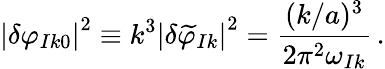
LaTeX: \left|\delta\varphi_{Ik0}\right|^{2}\equiv k^{3}\left|\delta\widetilde{\varphi}_{Ik}\right|^{2}=\frac{(k/a)^{3}}{2\pi^{2}\omega_{Ik}}\, .